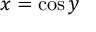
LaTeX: x = \cos y \,